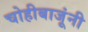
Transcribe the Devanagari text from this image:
चोहीबाजूंनी